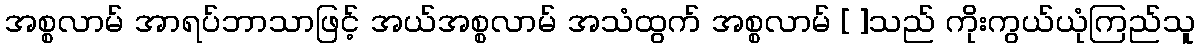
အစ္စလာမ် အာရပ်ဘာသာဖြင့် အယ်အစ္စလာမ် အသံထွက် အစ္စလာမ် [ ]သည် ကိုးကွယ်ယုံကြည်သူ